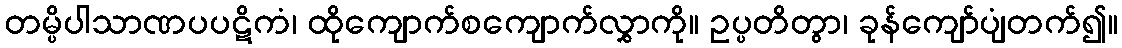
တမ္ပိပါသာဏပပဋိကံ၊ ထိုကျောက်စကျောက်လွှာကို။ ဥပ္ပတိတွာ၊ ခုန်ကျော်ပျံတက်၍။